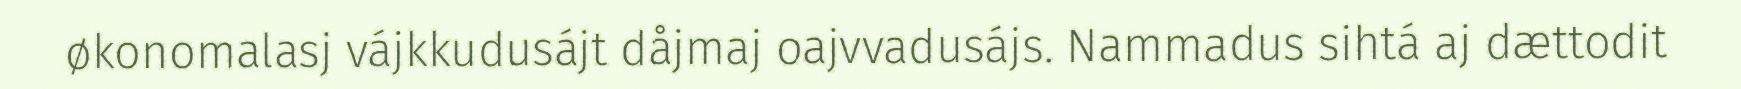
økonomalasj vájkkudusájt dåjmaj oajvvadusájs. Nammadus sihtá aj dættodit